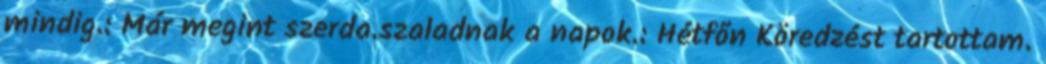
mindig.: Már megint szerda.szaladnak a napok.: Hétfőn Köredzést tartottam.